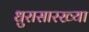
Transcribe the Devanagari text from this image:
धुरासारख्या